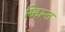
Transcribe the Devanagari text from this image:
सिद्दान्त